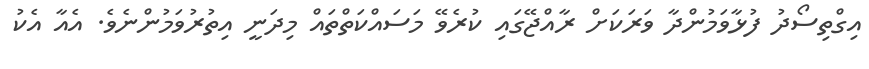
އިގްތިސޯދު ފުޅާވަމުންދާ ވަރަކަށް ރާއްޖޭގައި ކުރެވޭ މަސައްކަތްތައް މިދަނީ އިތުރުވަމުންނެވެ. އެއާ އެކު